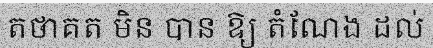
តថាគត មិន បាន ឱ្យ តំណែង ដល់